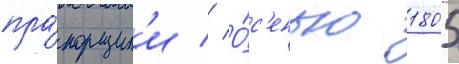
пра́порщик'и // О́с'енью 1805